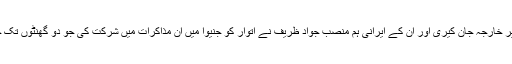
امریکی وزیر خارجہ جان کیری اور اُن کے ایرانی ہم منصب جواد ظریف نے اتوار کو جنیوا میں ان مذاکرات میں شرکت کی جو دو گھنٹوں تک جاری رہے۔